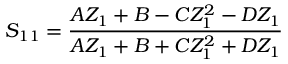
S _ { 1 1 } = \frac { A Z _ { 1 } + B - C Z _ { 1 } ^ { 2 } - D Z _ { 1 } } { A Z _ { 1 } + B + C Z _ { 1 } ^ { 2 } + D Z _ { 1 } }